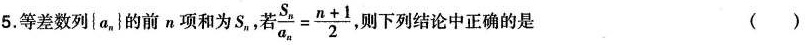
5.等差数列\left \{a_{n}\right \}的前n项和为S_{n},若$$\frac{S_{n}}{a_{n}}=\frac{n+1}{2}$$,则下列结论中正确的是 ( )